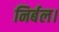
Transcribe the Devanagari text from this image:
निर्बल।